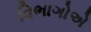
વિભાગોએ